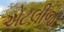
એટલીજ